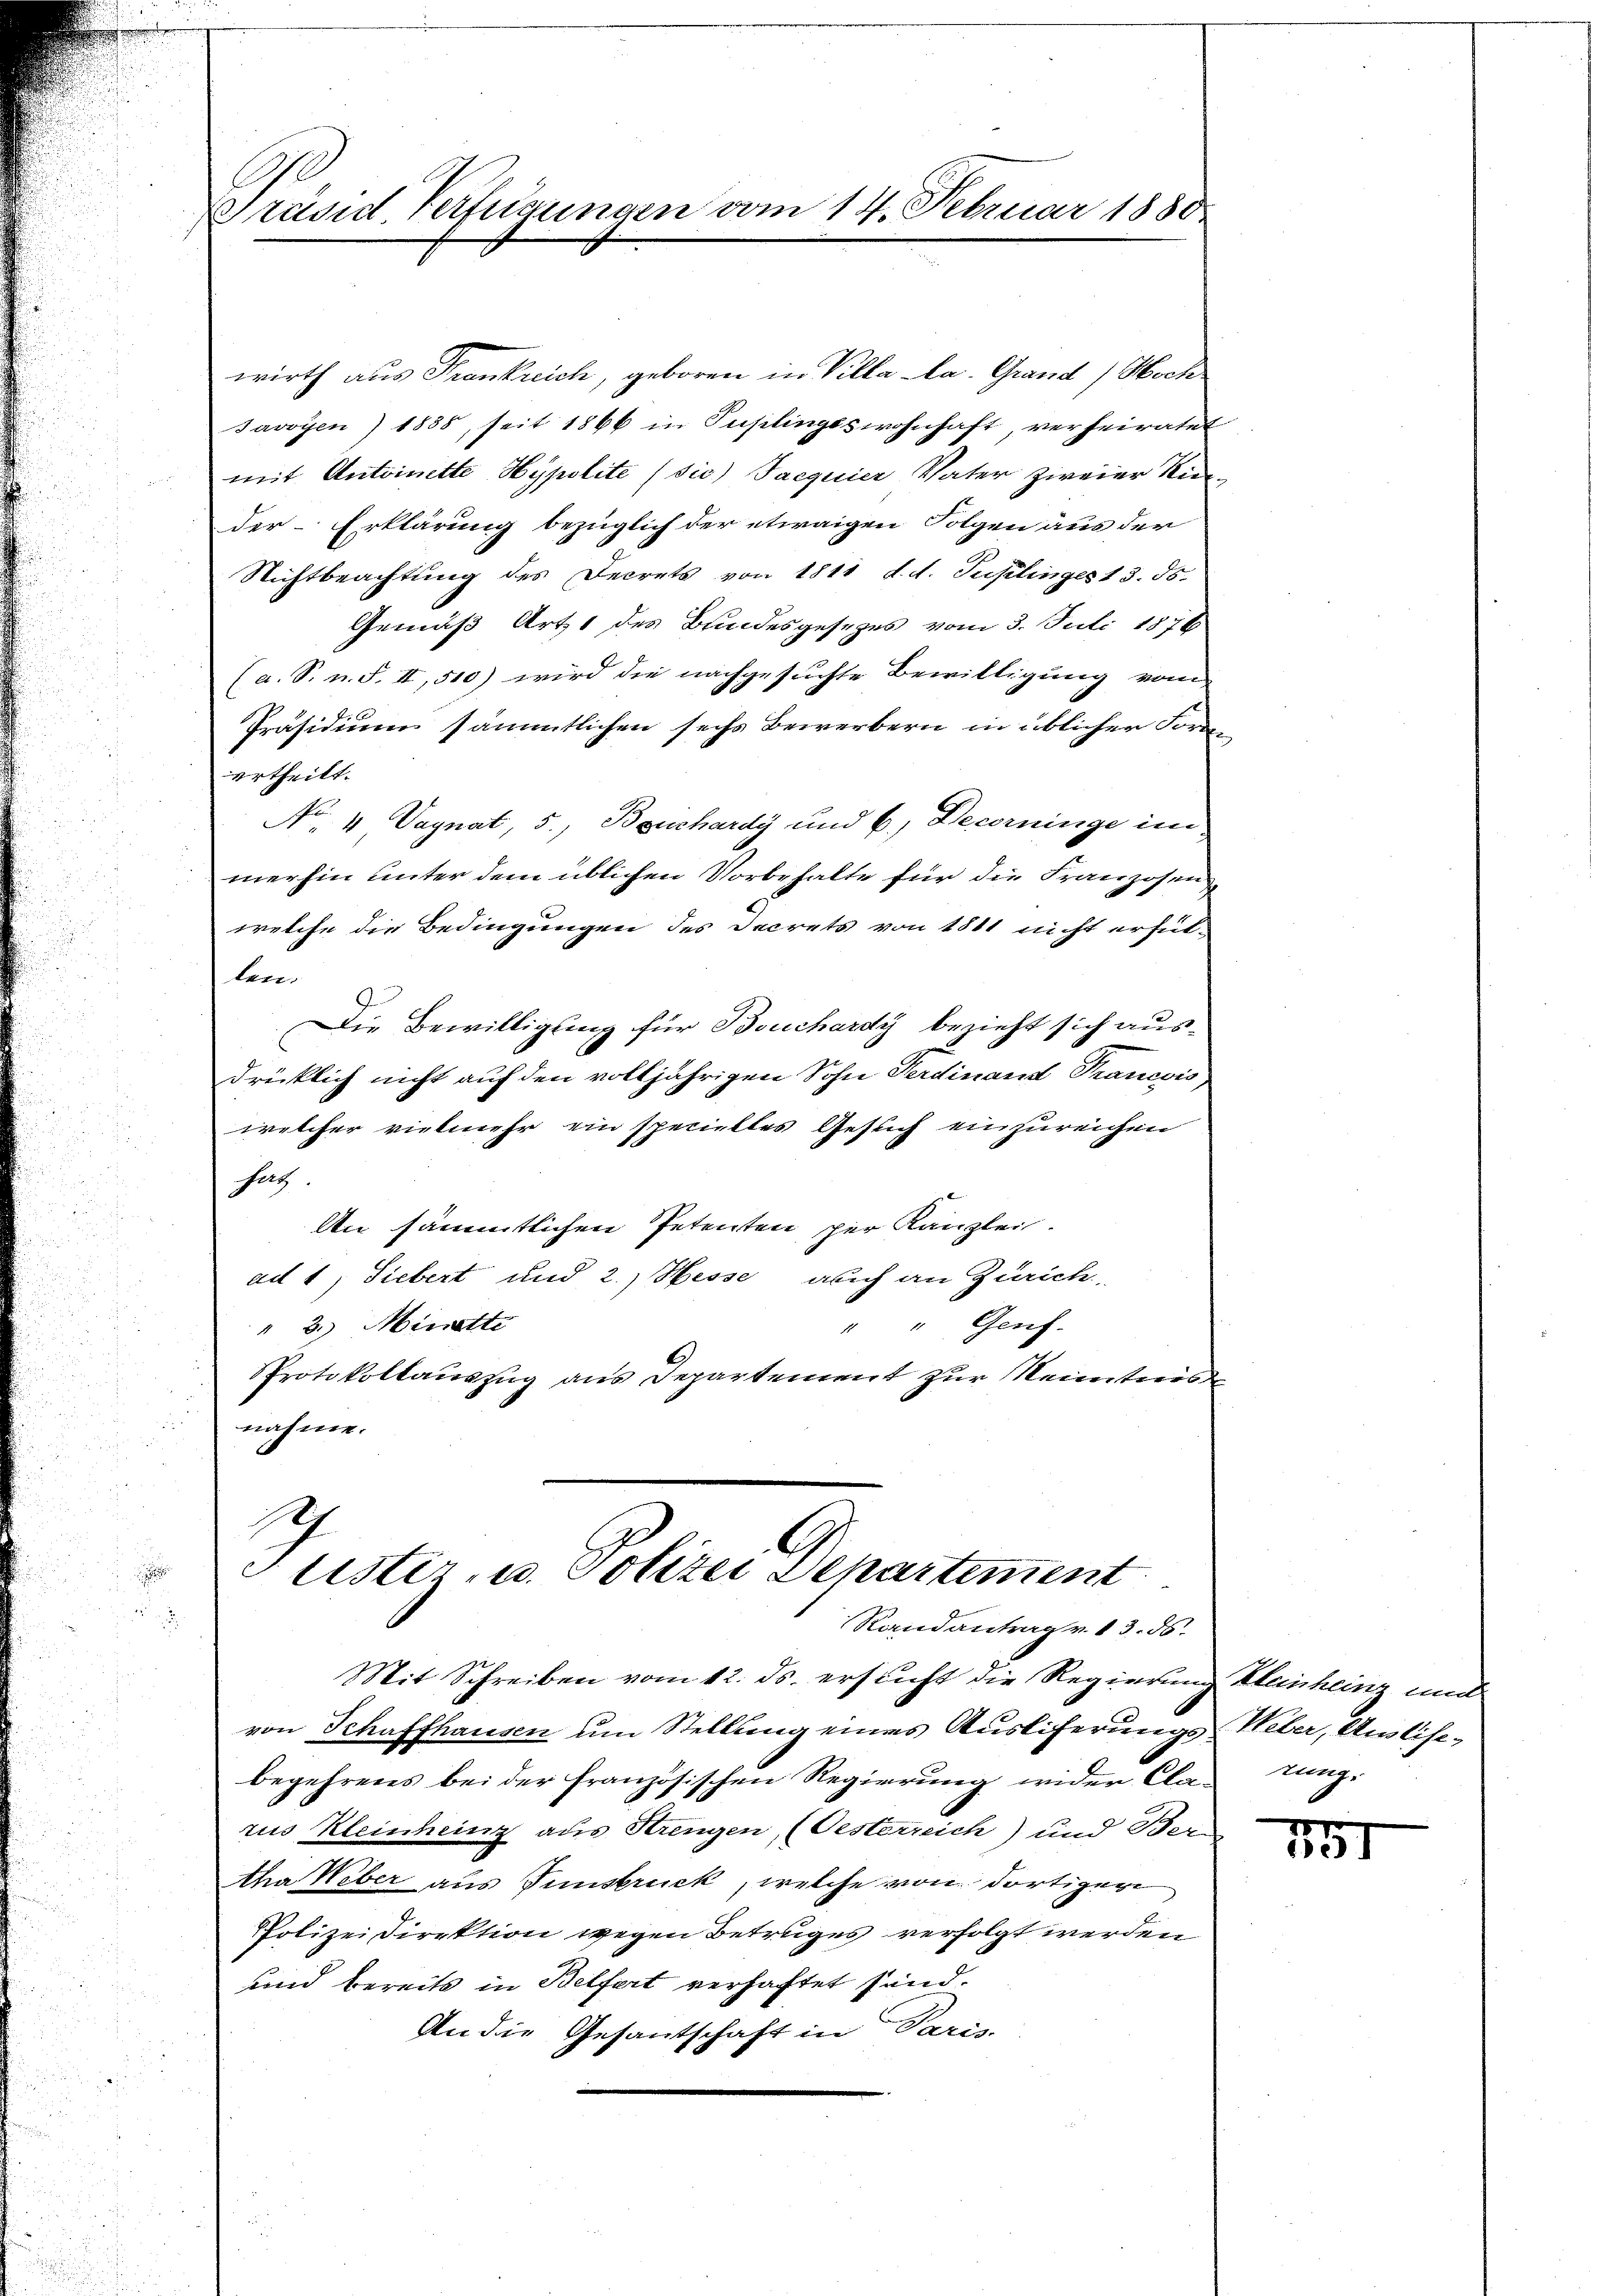
räsid. Verfügungen vom 14. Februar 1850

wirth aus Frankreich, geboren in Villa la. Grand Hoch
Javoyen) 1888, seit 1866 in Pupilingsswohnhaft, verheiratet
mit Antoinette Hypolite (sic) Jacquier Vater zweier Nieder Erklärung bezüglich der etwaigen Folgen aus der
Nichtbeachtung des Decrets von 1811 d. d. Tuzlinges 13. ds.
Gemäß Art. 1 des Bundesgesezes vom 3. Juli 1876
(a. S. n. F. II, 510) wird die nachgesuchte Bewilligung vom
Präsidium sämmtlichen sechs Bewerbern in üblicher Forme
ertheilt.
 No. 4 Vagnat, 5., Bouchardy und b.) Decorninge im
merhin unter dem üblichen Vorbehalte für die Franzosen
welche die Bedingungen des Decrets von 1811 nicht erfüt-
len.
J.
Die Bewilligung für Bouchardy bezieht sich ausdrücklich nicht auf den volljährigen Sohn Ferdinand Tranevis
welcher vielmehr ein specielles Gesuch einzureichen
Satz.
An sämmtlichen Petenten per Kanzlei.
ad 1, Siebert und 2.) Hesse, auch an Zürich-
" " Genf.
" 2.) Minette
Protokollauszug aus Departement zur Neinter
nahme.

Mit Schreiben vom 12. ds. ersticht die Regierung Kleinheine und
von Schaffhausen um Stellung eines Ausliferungs-Ueber, Auslisebegehrens bei der französischen Regierung wider Cla- Tung-
rus Kleinheinz aus Strengen, (Oesterreich) und Ber
tha Weber aus Innsbruck, welche von dortiger
Polizeidirektion wegen Betruges verfolgt werden
und bereits in Belfort verhaftet sind.
An die Gesantschaft in Paris.

I
Justiz- u. Polizei Departement
Randantrag v. 13. 86.

191